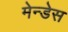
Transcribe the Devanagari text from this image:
मेन्डेस